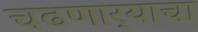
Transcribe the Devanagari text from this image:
चढणार्‍याचा